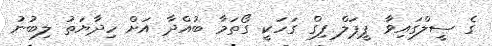
ގެ ސީލްގައިވާ ޕީޕަލް ފިގް ގަހަކީ ގޯތަމާ ބުއްދާ އަށް ހިދާޔަތު ލިބުނު